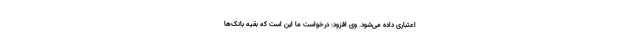
اعتباری داده می‌شود. وی افزود: درخواست ما این است که بقیه بانک‌ها